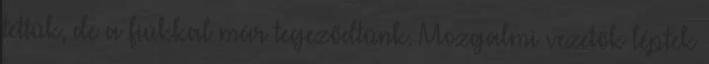
tettük, de a fiúkkal már tegeződtünk. Mozgalmi vezetők léptek